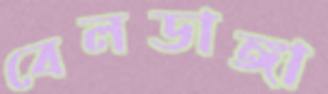
বেলডাঙ্গা